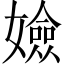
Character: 嬐